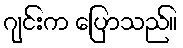
ဂျင်းက ပြောသည်။